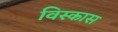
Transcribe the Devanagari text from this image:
विस्कास